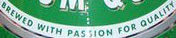
BREWED WITH PASSION FOR QUALITY